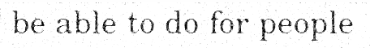
be able to do for people